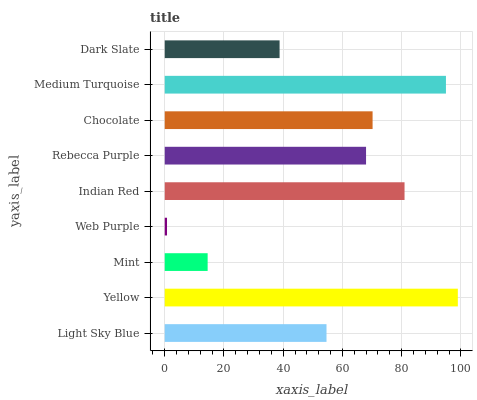
| yaxis_label | bars |
 | --- | --- |
 | Light Sky Blue | 54.6 |
 | Yellow | 99 |
 | Mint | 14.5 |
 | Web Purple | 0.77 |
 | Indian Red | 81 |
 | Rebecca Purple | 68 |
 | Chocolate | 70.2 |
 | Medium Turquoise | 95 |
 | Dark Slate | 38.8 |